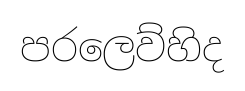
පරලෙව්හිද